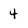
Character: 4